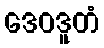
ဒေဝဒူတံ